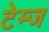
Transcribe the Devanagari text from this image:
टेम्ज